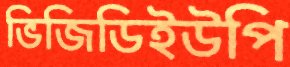
ভিজিডিইউপি